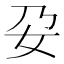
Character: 𭑩